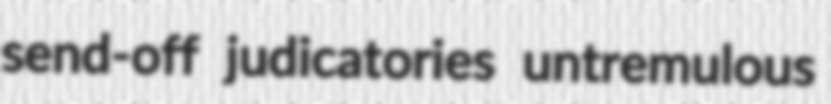
send-off judicatories untremulous